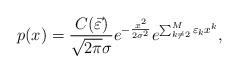
LaTeX: \begin{align*}p(x)=\frac{C(\vec{\varepsilon})}{\sqrt{2 \pi} \sigma}e^{-\frac{x^{2}}{2 \sigma^{2}}}e^{\sum_{k \neq 2}^{M} \varepsilon_{k}x^{k}}, \end{align*}